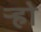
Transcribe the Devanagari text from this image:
ऱ्हो